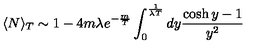
\langle N \rangle _ { T } \sim 1 - 4 m \lambda e ^ { - \frac { m } { T } } \int _ { 0 } ^ { \frac { 1 } { \lambda T } } d y \frac { \cosh y - 1 } { y ^ { 2 } }